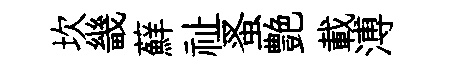
坎畿蘚祉蚤艶載溥